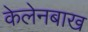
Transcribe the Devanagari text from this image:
केलेनबाख